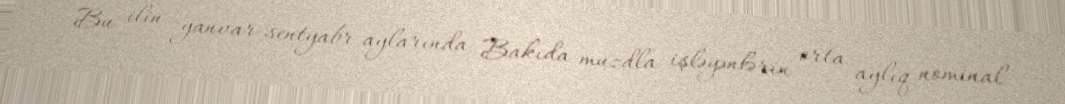
Bu ilin yanvar-sentyabr aylarında Bakıda muzdla işləyənlərin orta aylıq nominal